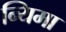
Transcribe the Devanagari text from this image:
न्यिमा